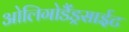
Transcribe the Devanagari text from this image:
ओलिगोडैंड्रसाईट